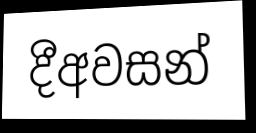
දීඅවසන්